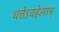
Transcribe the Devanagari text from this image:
धत्तेऽवहेलाम्